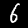
Digit: 6